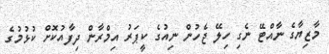
މާޒިޔާގެ ނާއްޓޭ ނެގި ހިލޭ ޖެހުން ނިއުގެ ކީޕަރު އިމްރާން ދިފާއުކޮށް ކުޅުމުގެ